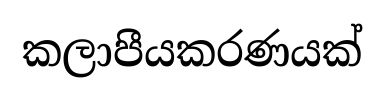
කලාපීයකරණයක්